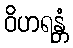
ဝိဟရန္တံ